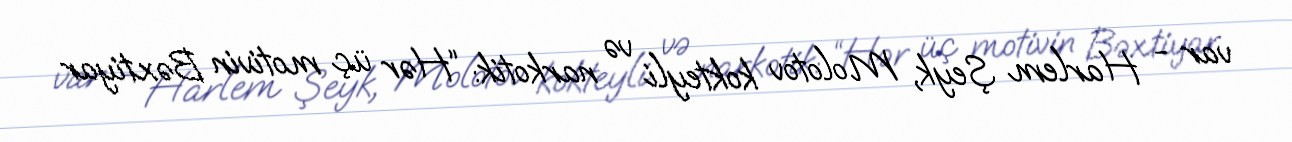
var - Harlem Şeyk, Molotov kokteyli və narkotik: “Hər üç motivin Bəxtiyar